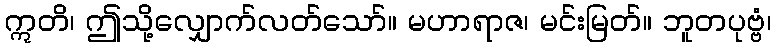
ဣတိ၊ ဤသို့လျှောက်လတ်သော်။ မဟာရာဇ၊ မင်းမြတ်။ ဘူတပုဗ္ဗံ၊